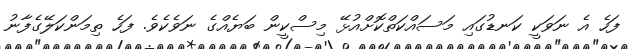
ފަހެ އެ ނަވަކީ ކަނޑުގައި މަސައްކަތްކޮށްއުޅޭ މިސްކީން ބަޔެއްގެ ނަވެކެވެ. ފަހެ ތިމަންކަލޭގެފާނު